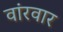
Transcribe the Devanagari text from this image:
वांरवार